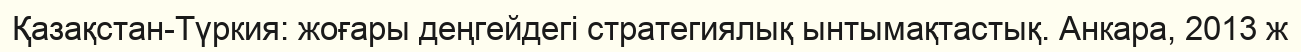
Қазақстан-Түркия: жоғары деңгейдегі стратегиялық ынтымақтастық. Анкара, 2013 ж